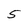
Character: 5